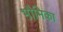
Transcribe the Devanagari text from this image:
भौमिका